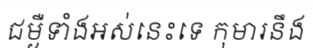
ជម្ងឺទាំងអស់នេះទេ កុមារនឹង